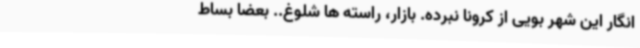
انگار این شهر بویی از کرونا نبرده. بازار، راسته ها شلوغ.. بعضا بساط